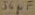
Text: 56µF